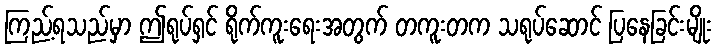
ကြည့်ရသည်မှာ ဤရုပ်ရှင် ရိုက်ကူးရေးအတွက် တကူးတက သရုပ်ဆောင် ပြနေခြင်းမျိုး